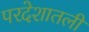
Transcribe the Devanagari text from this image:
परदेशातली